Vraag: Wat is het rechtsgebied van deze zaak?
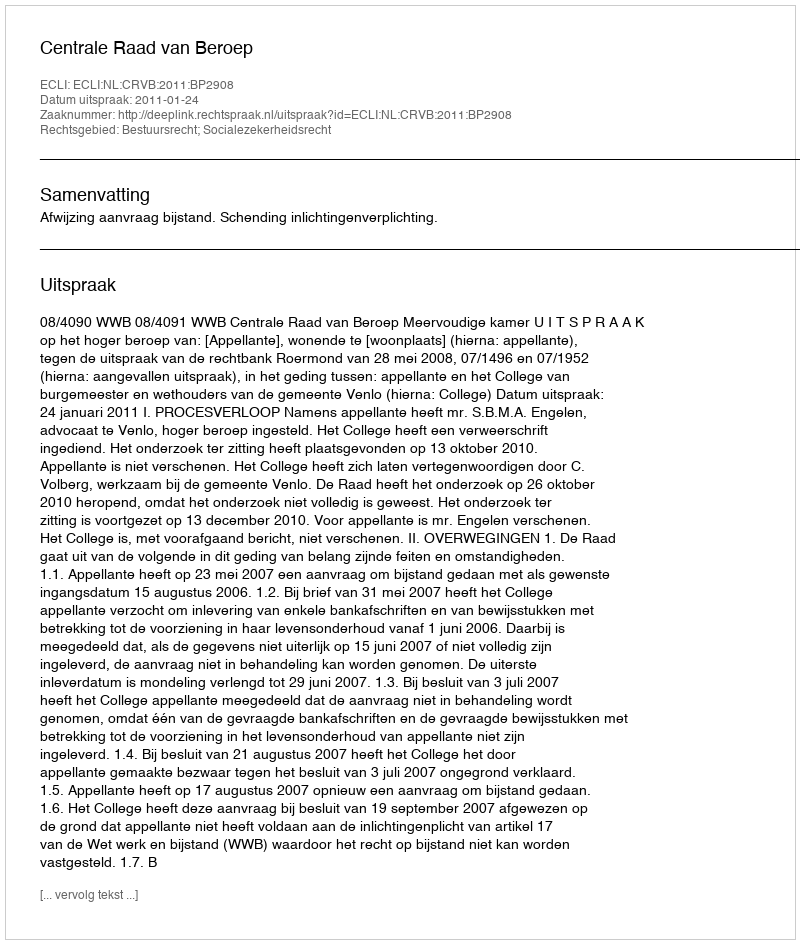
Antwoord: Bestuursrecht; Socialezekerheidsrecht